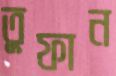
তুফান